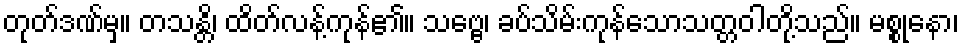
တုတ်ဒဏ်မှ။ တသန္တိ၊ ထိတ်လန့်ကုန်၏။ သဗ္ဗေ၊ ခပ်သိမ်းကုန်သောသတ္တဝါတို့သည်။ မစ္စုနော၊